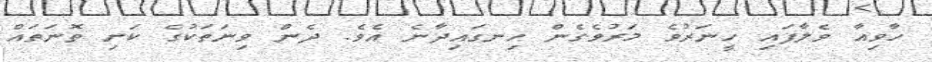
ހާވިއާ ވެލާފައި ހީނަރުވެ މަރުވެގެން ހިނގައިދާނެ އެވެ. ދެން ވިނަތަކުގެ ކަށި ތޮނަތައް